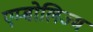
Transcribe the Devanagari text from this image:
एम्बोलिज्म